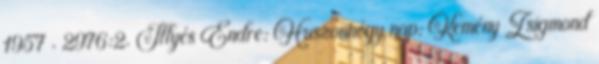
1957 . 2976:2. Illyés Endre: Huszonnégy nap: Kemény Zsigmond